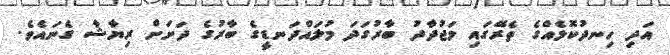
އަދި ހިނދުކޮޅެއްގެ ތެރޭގައި މަޖުދާދު ބާރުގަދަ މުލައްދަނޑީގެ ބާރުގެ ދަށަށް ރިޔާޝާ ގެނައެވެ.